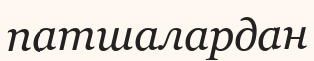
патшалардан